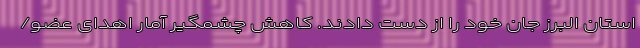
استان البرز جان خود را از دست دادند. کاهش چشمگیر آمار اهدای عضو/